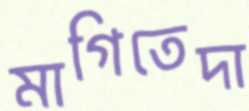
মাগিতেদা